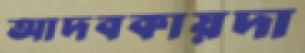
আদবকায়দা